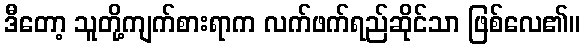
ဒီတော့ သူတို့ကျက်စားရာက လက်ဖက်ရည်ဆိုင်သာ ဖြစ်လေ၏။